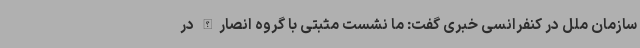
سازمان ملل در کنفرانسی خبری گفت: ما نشست مثبتی با گروه انصارالله در